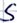
Text: S